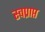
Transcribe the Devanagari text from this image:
स्वप्राप्त